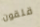
قلقون